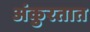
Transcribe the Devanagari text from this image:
अंकुरतात